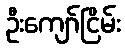
ဦးကျော်ငြိမ်း